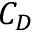
C _ { D }